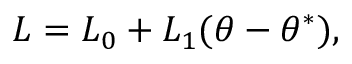
L = L _ { 0 } + L _ { 1 } ( \theta - \theta ^ { \ast } ) ,